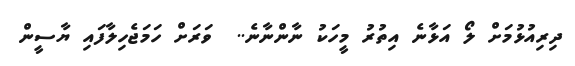
ދިރިއުޅުމަށް ލޯ އަޅާނެ އިތުރު މީހަކު ނާންނާނެ..  ވަރަށް ހަމަޖެހިލާފައި ޔާސީން